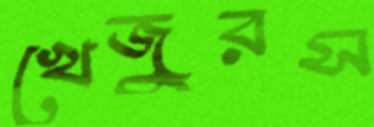
খেজুরস